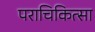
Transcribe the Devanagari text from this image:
पराचिकित्सा